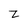
Character: Z